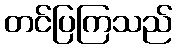
တင်ပြကြသည်